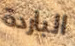
الباردة